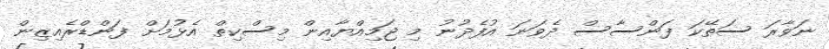
ނަވާރަ ސަތޭކަ ފަންސާސް ދެވަނަ އުފެދުނު މި ޖަމިއްޔާއިން މިސްކިތް އެޅުމަށް ފަންޑްރެއިޒިން